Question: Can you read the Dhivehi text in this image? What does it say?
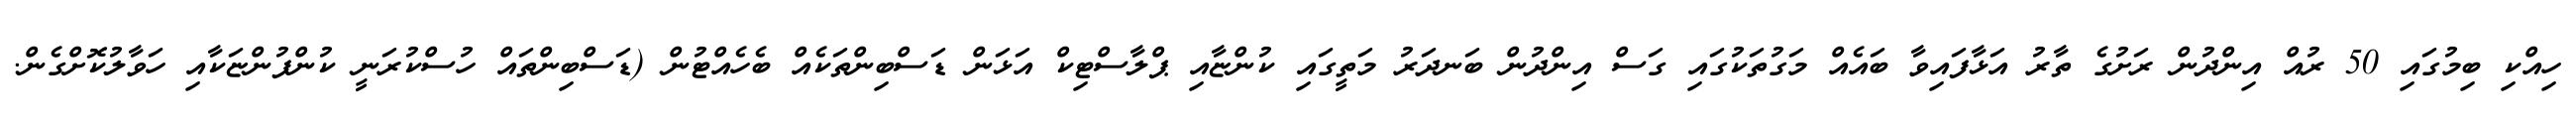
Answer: ހިއްކި ބިމުގައި 50 ރުއް އިންދުން ރަށުގެ ތާރު އަޅާފައިވާ ބައެއް މަގުތަކުގައި ގަސް އިންދުން ބަނދަރު މަތީގައި ކުންޏާއި ޕްލާސްޓިކް އަޅަން ޑަސްބިންތަކެއް ބެހެއްޓުން (ޑަސްބިންތައް ހުސްކުރަނީ ކުންފުންޏަކާއި ހަވާލުކޮށްގެން.